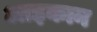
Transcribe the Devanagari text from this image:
आइकान